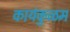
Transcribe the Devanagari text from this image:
कायंकुळम